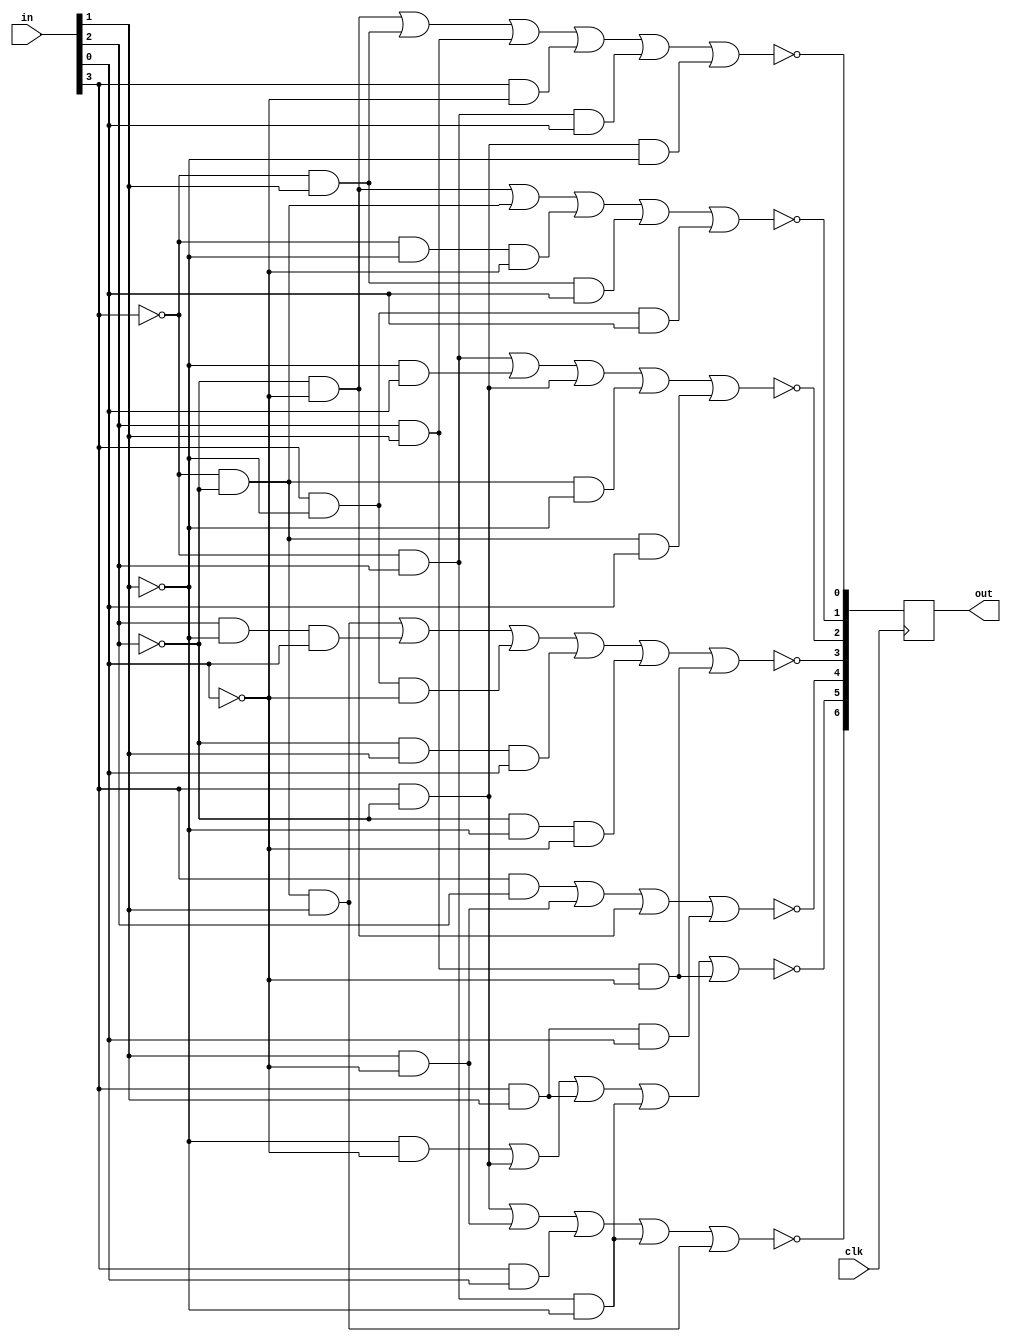
module HEX(clk, in, out);
	input clk;
	input [3:0]in;
	output reg [6:0]out;
	always @ (posedge clk)
	begin
	out[0] <= ~(~in[2] & ~in[0]|~in[3] & in[1]|in[2] & in[1]|in[3] & ~in[0]|~in[3] & in[2] & in[0]|in[3] & ~in[2] & ~in[1]);
	out[1] <= ~(~in[2] & ~in[0]|~in[3] & ~in[2]|~in[3] & ~in[1] & ~in[0]|~in[3] & in[1] & in[0]|in[3] & ~in[1] & in[0]);
	out[2] <= ~(~in[3] & in[2]|~in[1] & in[0]|in[3] & ~in[2]|~in[3] & ~in[2] & ~in[1]|~in[3] & ~in[2] & in[0]);
	out[3] <= ~(~in[3] & ~in[2] & in[1]|in[2] & ~in[1] & in[0]|in[3] & ~in[1] & ~in[0]|~in[2] & in[1] & in[0]|~in[2] & ~in[1] & ~in[0]|in[2] & in[1] & ~in[0]);
	out[4] <= ~(in[3] & in[2]|in[1] & ~in[0]|~in[2] & ~in[0]|in[3] & in[1] & in[0]);
	out[5] <= ~(~in[1] & ~in[0] | in[3] & ~in[2] | in[3] & in[1] | ~in[3] & in[2] & ~in[1] | in[2] & in[1] & ~in[0]);
	out[6] <= ~(in[3] & ~in[2] | in[1] & ~in[0] | in[3] & in[0] | ~in[3] & in[2] & ~in[1] | ~in[3] & ~in[2] & in[1]);
	end
endmodule